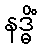
နဒ္ဓိံ